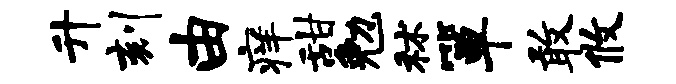
升刻由痒甜勉秫箪敢攸